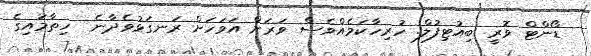
ޑޯންޓް ވޮރީ ބިއުޓިފުލް. ހުރިހާކަމެއްވެސް ވަރަށް އަވަހަށް ރަނގަޅުވެދާނެ  ހިތާމައިގެ